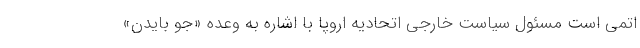
اتمی است مسئول سیاست خارجی اتحادیه اروپا با اشاره به وعده «جو بایدن»